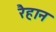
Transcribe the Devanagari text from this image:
रैहान